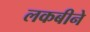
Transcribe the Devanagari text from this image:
लकबीने